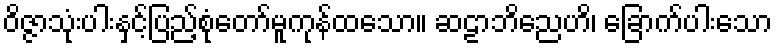
ဝိဇ္ဇာသုံးပါးနှင့်ပြည့်စုံတော်မူကုန်ထသော။ ဆဠာဘိညေဟိ၊ ခြောက်ပါးသော